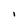
Character: i